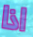
اذا